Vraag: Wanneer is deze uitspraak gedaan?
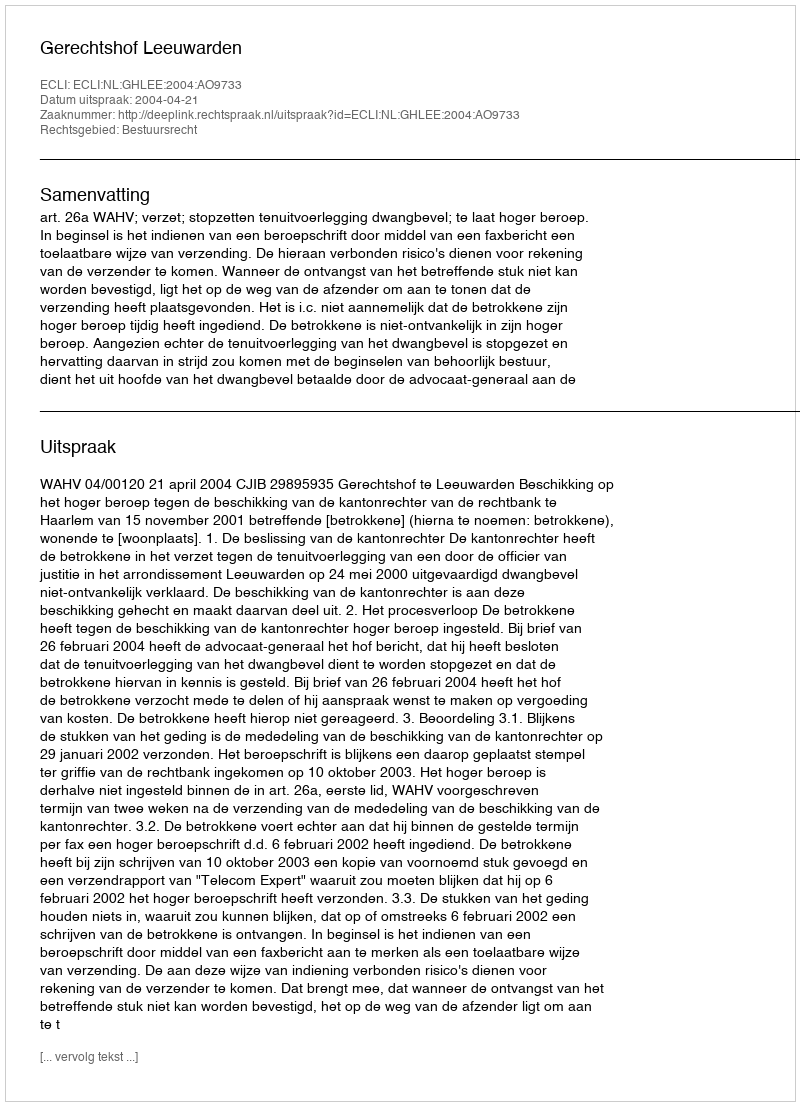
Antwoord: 2004-04-21